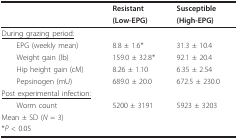
<table><thead><tr><td></td><td><b>Resistant</b></td><td><b>Susceptible</b></td></tr><tr><td></td><td><b>(Low-EPG)</b></td><td><b>(High-EPG)</b></td></tr></thead><tbody><tr><td><underline>During grazing period:</underline></td><td></td><td></td></tr><tr><td> EPG (weekly mean)</td><td>8.8 ± 1.6*</td><td>31.3 ± 10.4</td></tr><tr><td> Weight gain (lb)</td><td>159.0 ± 32.8*</td><td>92.1 ± 20.4</td></tr><tr><td> Hip height gain (cM)</td><td>8.26 ± 1.10</td><td>6.35 ± 2.54</td></tr><tr><td> Pepsinogen (mU)</td><td>689.0 ± 20.0</td><td>672.5 ± 230.0</td></tr><tr><td><underline>Post experimental infection:</underline></td><td></td><td></td></tr><tr><td> Worm count</td><td>5200 ± 3191</td><td>5923 ± 3203</td></tr><tr><td>Mean ± SD (<i>N </i>= 3)</td><td></td><td></td></tr><tr><td>*<i>P </i>&lt; 0.05</td><td></td><td></td></tr></tbody></table>